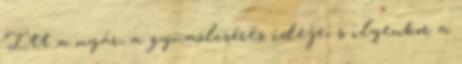
Itt a nyár, a gyümölcsérés ideje, s ilyenkor a